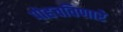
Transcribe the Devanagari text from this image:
पोहचविणारे